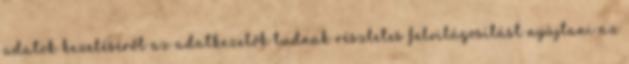
adatok kezeléséről az adatkezelők tudnak részletes felvilágosítást nyújtani az